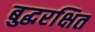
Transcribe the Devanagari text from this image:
बुद्धरक्षित